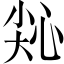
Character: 𢙭